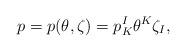
LaTeX: \begin{align*}p = p(\theta,\zeta) = p_K^I \theta^K \zeta_I,\end{align*}